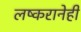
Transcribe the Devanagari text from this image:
लष्करानेही